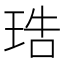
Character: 𤥢